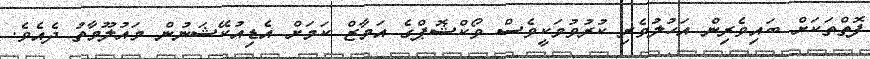
ފޮތްތަކަށް ބައިވެރިން އަހުލުވެރި ކުރުވުމަކީވެސް ވޯކްޝޮޕްގެ އަމާޒް ކަމަށް އެޑިއުކޭޝަނުން މައުލޫމާތު ދެއެވެ.